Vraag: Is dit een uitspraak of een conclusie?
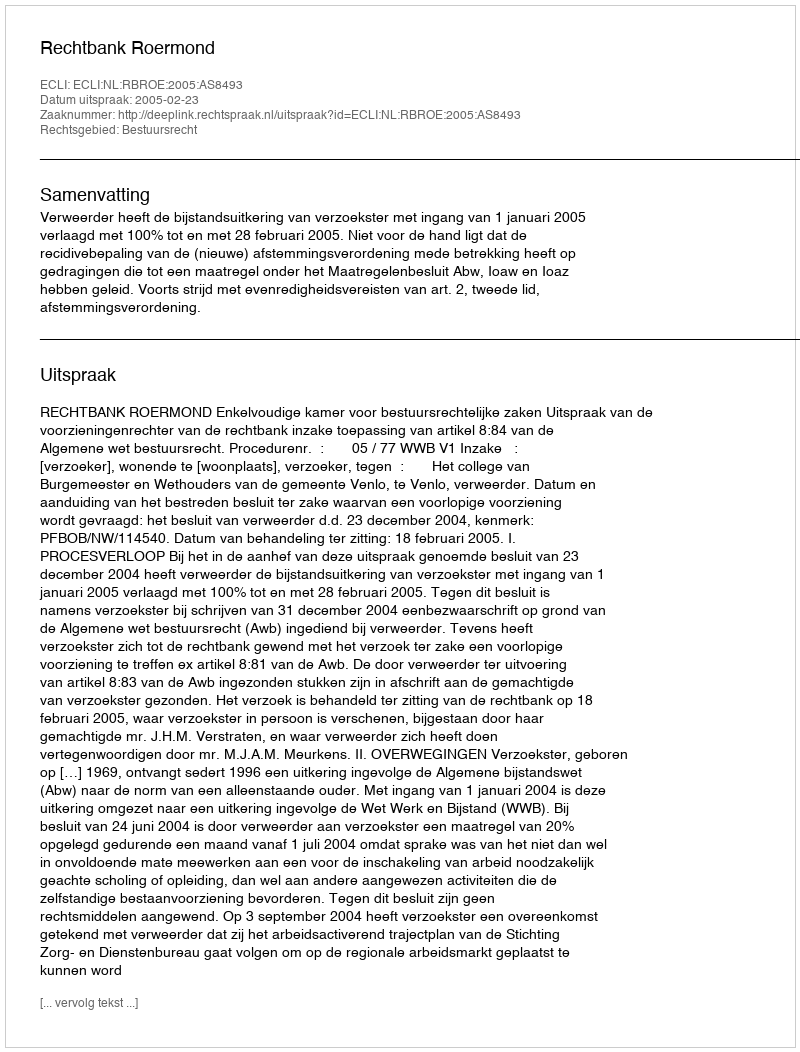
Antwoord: Uitspraak